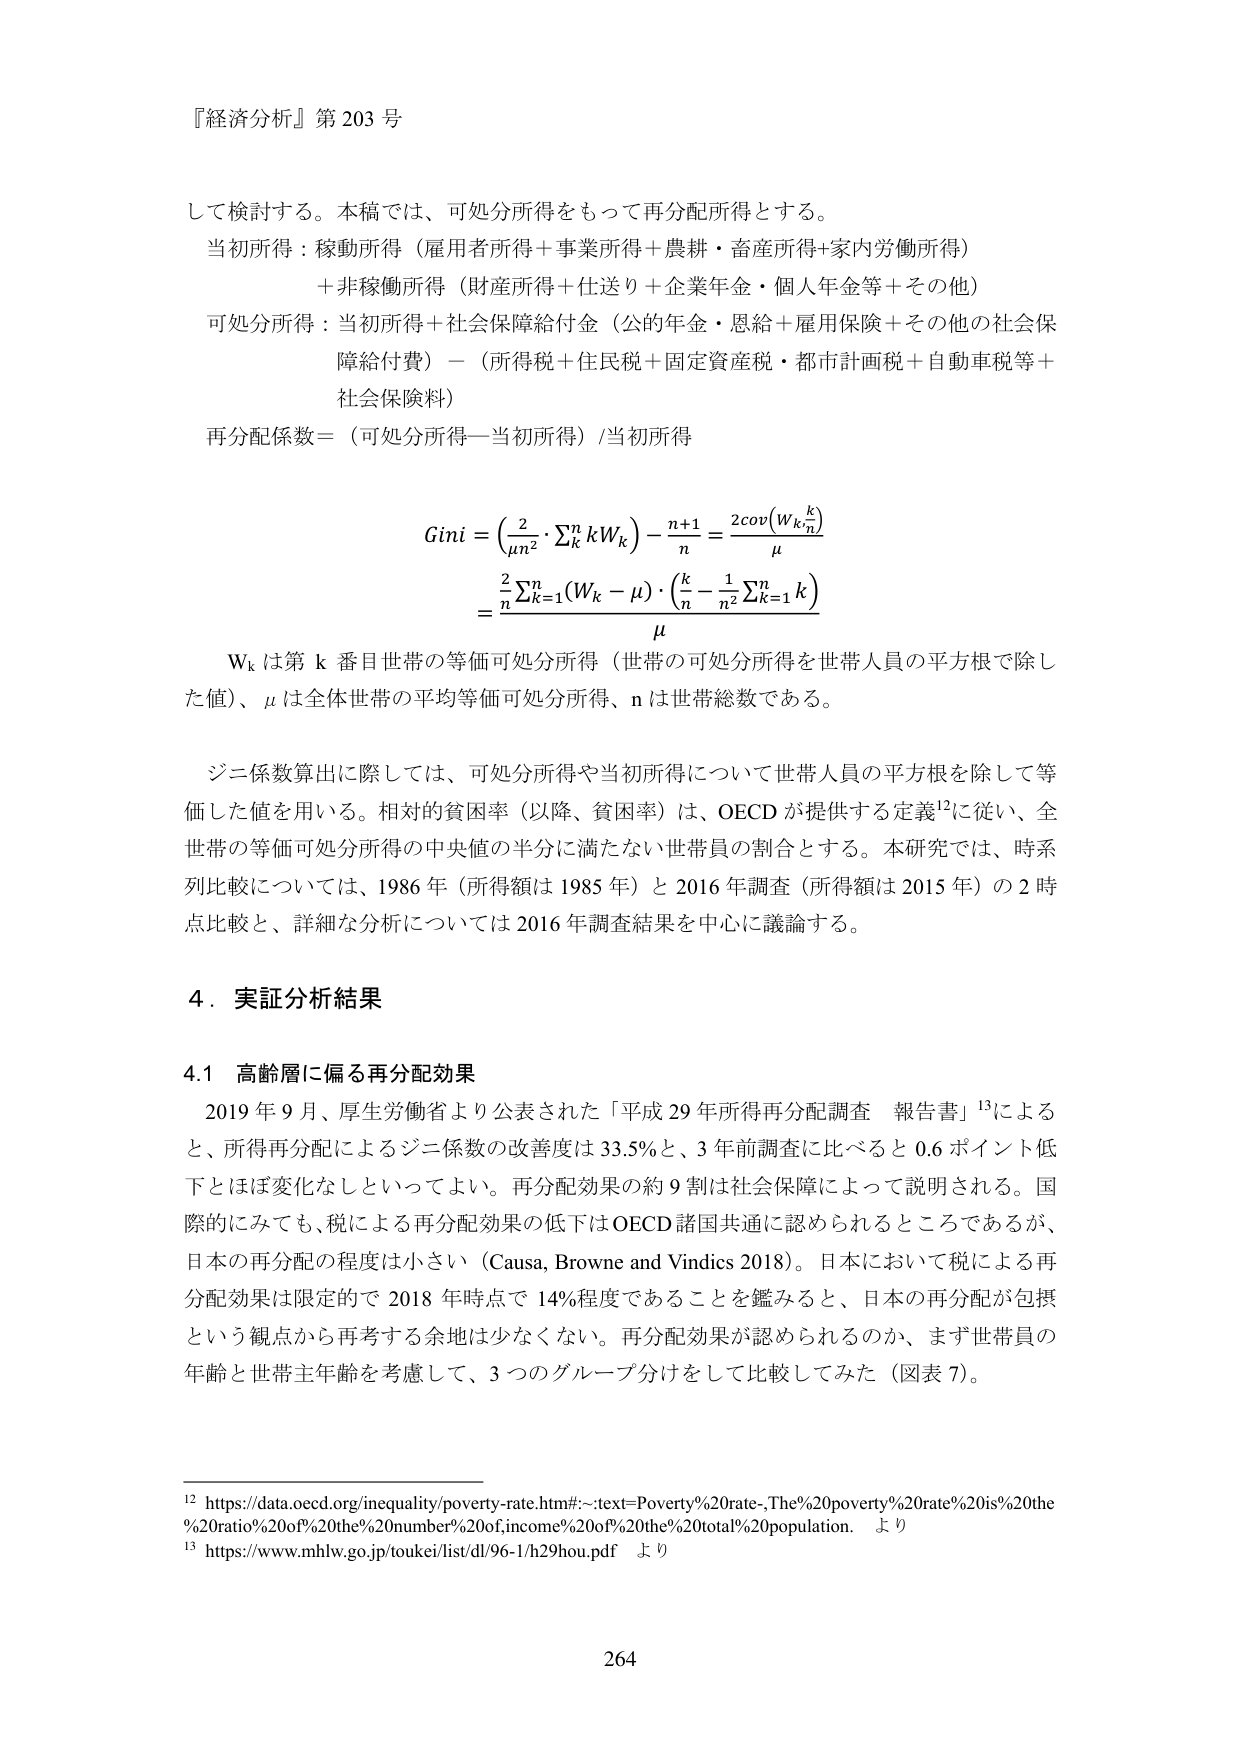
『経済分析』第 203 号

して検討する。本稿では、可処分所得をもって再分配所得とする。
当初所得：稼動所得（雇用者所得＋事業所得＋農耕・畜産所得＋家内労働所得）
＋非稼働所得（財産所得＋仕送り＋企業年金・個人年金等＋その他）
可処分所得：当初所得＋社会保障給付金（公的年金・恩給＋雇用保険＋その他の社会保障給付費）－（所得税＋住民税＋固定資産税・都市計画税＋自動車税等＋社会保障料）
再分配係数＝（可処分所得－当初所得）/当初所得

Gini = (2/μn² · Σₖⁿ kWₖ) - (n+1)/n = 2cov(Wₖ, k/n) / μ
= [2/n Σₖ₌₁ⁿ (Wₖ - μ) · (k/n - 1/n² Σₖ₌₁ⁿ k)] / μ

Wₖ は第 k 番目世帯の等価可処分所得（世帯の可処分所得を世帯人員の平方根で除した値）、μ は全体世帯の平均等価可処分所得、n は世帯総数である。

ジニ係数算出に際しては、可処分所得や当初所得について世帯人員の平方根を除して等価した値を用いる。相対的貧困率（以降、貧困率）は、OECD が提供する定義¹²に従い、全世帯の等価可処分所得の中央値の半分に満たない世帯員の割合とする。本研究では、時系列比較については、1986 年（所得額は 1985 年）と 2016 年調査（所得額は 2015 年）の 2 時点比較と、詳細な分析については 2016 年調査結果を中心に議論する。

4．実証分析結果

4.1 高齢層に偏る再分配効果

2019 年 9 月、厚生労働省より公表された「平成 29 年所得再分配調査 報告書」¹³による と、所得再分配によるジニ係数の改善度は 33.5% と、3 年前調査に比べると 0.6 ポイント低下とほぼ変化なしといってよい。再分配効果の約 9 割は社会保障によって説明される。国際的にみても、税による再分配効果の低下は OECD 諸国共通に認められるところであるが、日本の再分配の程度は小さい（Causa, Browne and Vindics 2018）。日本において税による再分配効果は限定的で 2018 年時点で 14% 程度であることを鑑みると、日本の再分配が包摂という観点から再考する余地は少なくない。再分配効果が認められるのか、まず世帯員の年齢と世帯主年齢を考慮して、3 つのグループ分けをして比較してみた（図表 7）。

¹² https://data.oecd.org/inequality/poverty-rate.htm#:~:text=Poverty%20rate-,The%20poverty%20rate%20is%20the%20ratio%20of%20the%20number%20of,income%20of%20the%20total%20population. より
¹³ https://www.mhlw.go.jp/toukei/list/dl/96-1/h29hou.pdf より

264